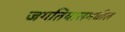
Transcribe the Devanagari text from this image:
जगतियालमधील